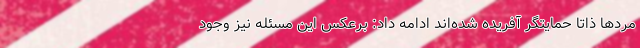
مردها ذاتا حمایتگر آفریده شده‌اند ادامه داد: برعکس این مسئله نیز وجود